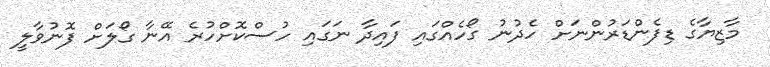
މާޒިޔާގެ ޑިފެންޑަރުންނަށް ހެދުނު ގޯހެއްގައި ފައިދާ ނަގައި ހުސްކޮށްހުރެ އޭނާ ގޯލަށް ފޮނުވާލީ